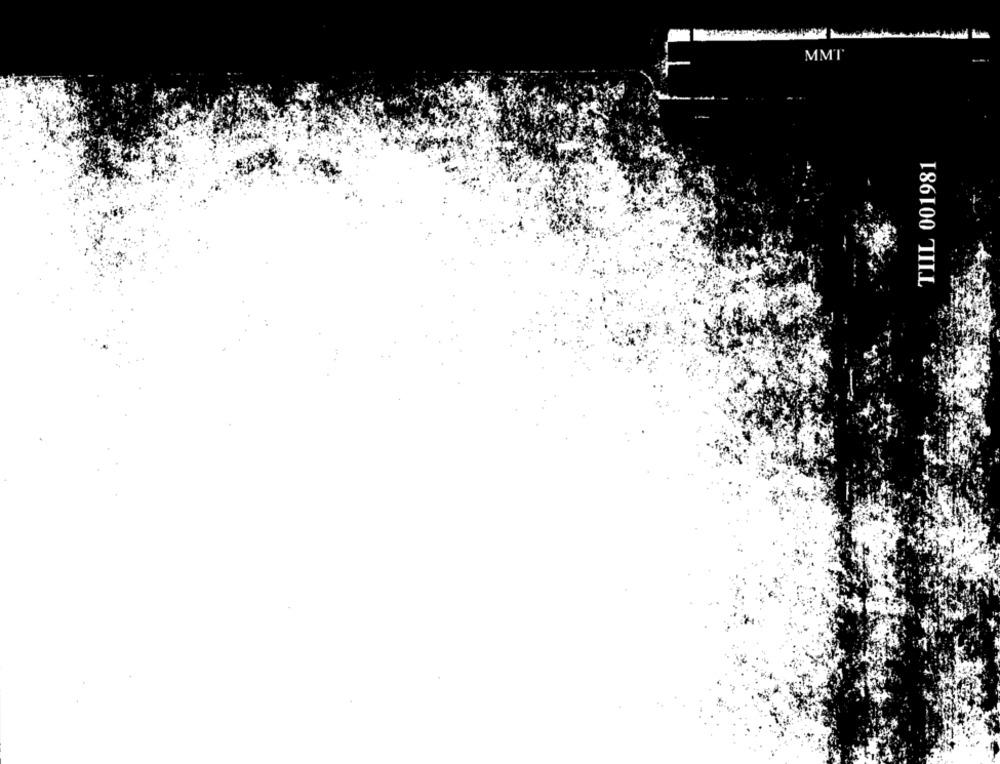
MMT
TIIL 001981